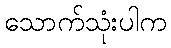
သောက်သုံးပါက